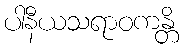
ပါနီယသရာဝကန္တိ